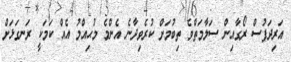
އަރިދަފުސް ރޯގާއިން ސަލާމަތްވެ ތިބުމަށް ކުރެވިދާނެ އެންމެ މުޙިއްމު އެއް ކަމަކީ ރަނގަޅަށް